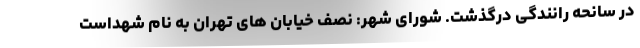
در سانحه رانندگی درگذشت. شورای شهر: نصف خیابان های تهران به نام شهداست